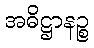
အဓိဋ္ဌာနဉ္စ